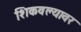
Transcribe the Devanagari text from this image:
शिकवल्यावर